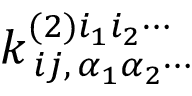
k _ { \, i j , \, \alpha _ { 1 } \alpha _ { 2 } \cdots } ^ { ( 2 ) i _ { 1 } i _ { 2 } \cdots }